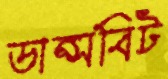
ডান্সবিট